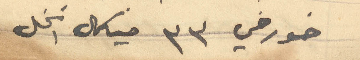
خورخي 33 ميكال انخل